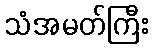
သံအမတ်ကြီး